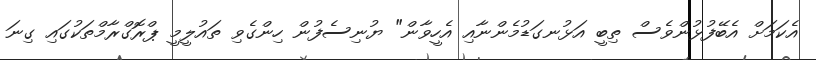
އެކަމަށް އެބޭފުޅުންވެސް ތިބީ އަޅުނގަޑުމެންނާއި އެހީވާން" ޔުނިސެފުން ހިންގެވި ތައުލީމީ ޕްރޮގްރާމްތަކުގައި ގިނަ